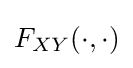
F_{XY}(\cdot ,\cdot )